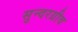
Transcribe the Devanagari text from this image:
सुन्दरग्रीव